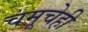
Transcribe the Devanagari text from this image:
चमूचेही